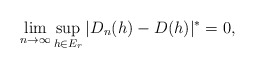
\begin{align*} \lim_{n \rightarrow \infty} \sup_{h \in E_{r}}|D_n(h)-D(h)|^{*}=0, \end{align*}